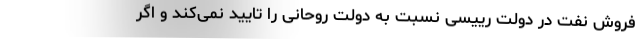
فروش نفت در دولت رییسی نسبت به دولت روحانی را تایید نمی‌كند و اگر